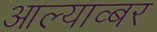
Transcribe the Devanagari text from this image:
आल्याव्बर